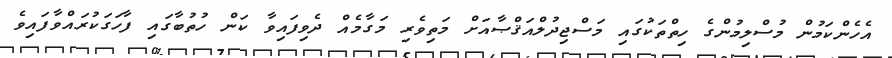
އެެހެންކަމުން މުސްލިމުންގެ ހިތްތަކުގައި މަސްޖިދުލްއަޤްޞާއަށް މަތިވެރި މަގާމެއް ދެވިފައިވާ ކަން ހުތުބާގައި ފާހަގަކުރައްވާފައިވެ